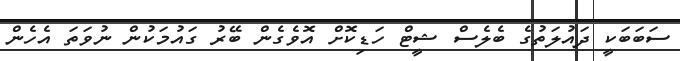
ސަބަބަކީ ދައުލަތުގެ ބެލެސް ޝީޓް ހަޑިކޮށް އޮވެގެން ބޭރު ގައުމަކުން ނުވަތަ އެހެން